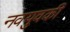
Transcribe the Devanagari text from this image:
नवयुवकी